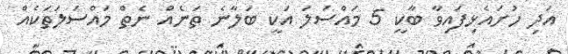
އަދި ހުށައެޅިފައިވާ ބާކީ 5 މައްސަލަ އަކީ ބަލާނެ ތަނެއް ނެތް މައްސަލަތަކެއް